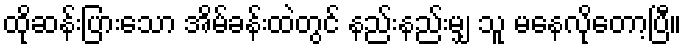
ထိုဆန်းပြားသော အိမ်ခန်းထဲတွင် နည်းနည်းမျှ သူ မနေလိုတော့ပြီ။